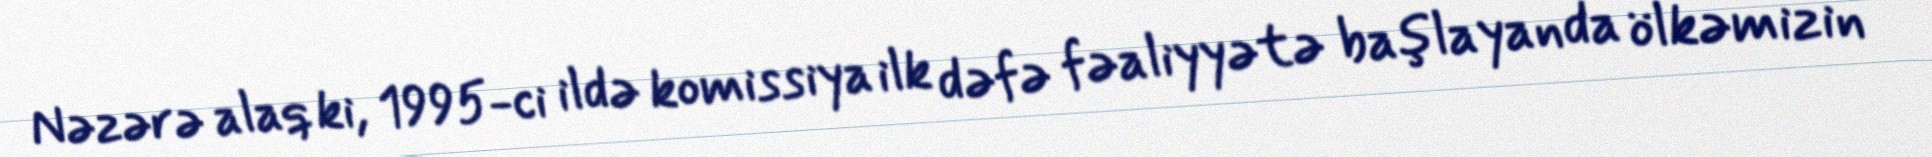
Nəzərə alaq ki, 1995-ci ildə komissiya ilk dəfə fəaliyyətə başlayanda ölkəmizin